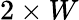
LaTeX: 2\times W